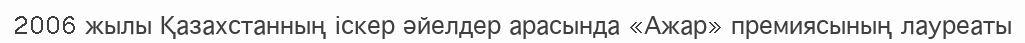
2006 жылы Қазахстанның іскер әйелдер арасында «Ажар» премиясының лауреаты